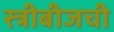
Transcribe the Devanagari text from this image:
स्त्रीबीजची